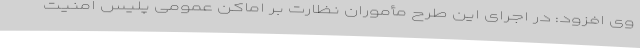
وی افزود: در اجرای این طرح مأموران نظارت بر اماکن عمومی پلیس امنیت